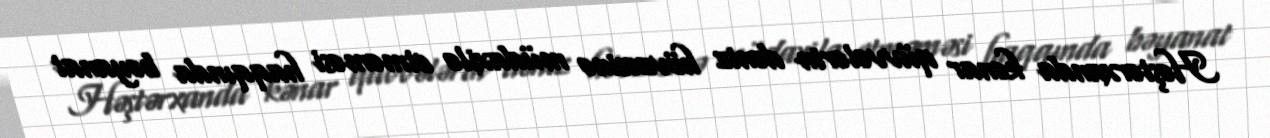
Həştərxanda kənar qüvvələrin dəniz hövzəsinə müdaxilə etməməsi haqqında bəyanat